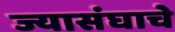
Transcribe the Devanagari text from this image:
ज्यासंघाचे